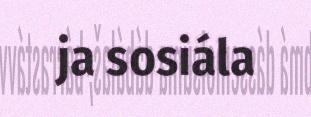
ja sosiála